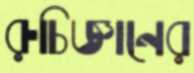
রুচিজ্ঞানের